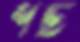
শটি